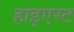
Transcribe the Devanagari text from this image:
हाइएस्ट